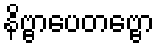
နိဗ္ဗာပေတဗ္ဗော